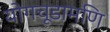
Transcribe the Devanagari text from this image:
योगचूडामणि